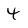
Character: 4